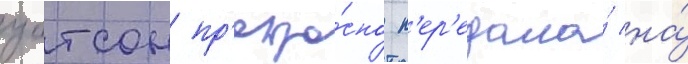
уотсон пр'екра́сно п'ер'едала́ на́